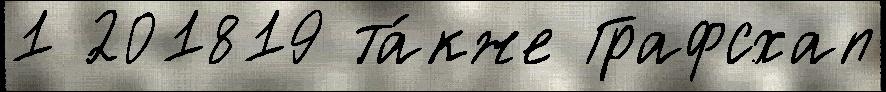
1 201819 та́кже Графсхап